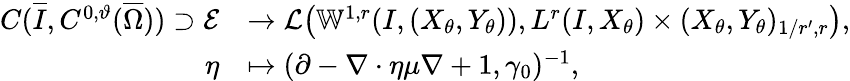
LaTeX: \begin{array}{rl}{C(\overline{I},C^{0,\vartheta}(\overline{\Omega}))\supset\mathcal{E}}&{\to\mathcal{L}\bigl(\mathbb{W}^{1,r}(I,(X_{\theta},Y_{\theta})),L^{r}(I,X_{\theta})\times(X_{\theta},Y_{\theta})_{1/r^{\prime},r}\bigr),}\\ {\eta}&{\mapsto(\partial-\nabla\cdot\eta\mu\nabla+1,\gamma_{0})^{-1},}\end{array}